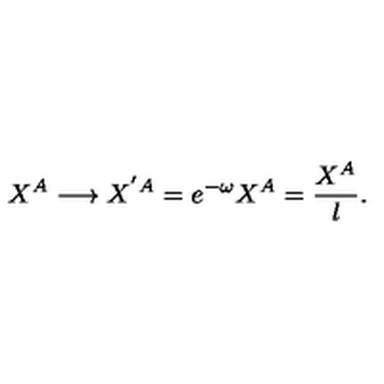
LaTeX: X ^ { A } \longrightarrow X ^ { ' { A } } = e ^ { - \omega } X ^ { A } = \frac { X ^ { A } } { l } .